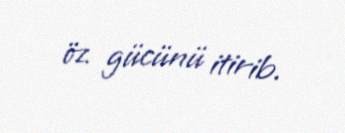
öz gücünü itirib.